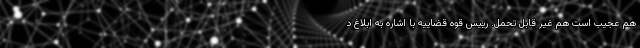
هم عجیب است هم غیر قابل تحمل. رییس قوه قضاییه با اشاره به ابلاغ د